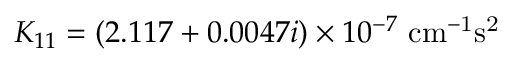
K _ { 1 1 } = ( 2 . 1 1 7 + 0 . 0 0 4 7 i ) \times 1 0 ^ { - 7 } ~ \mathrm { c m ^ { - 1 } s ^ { 2 } }